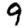
Digit: 9